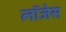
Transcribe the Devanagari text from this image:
लॉजेस